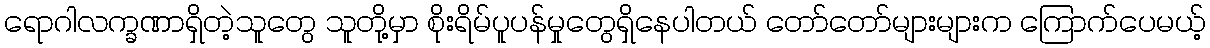
ရောဂါလက္ခဏာရှိတဲ့သူတွေ သူတို့မှာ စိုးရိမ်ပူပန်မှုတွေရှိနေပါတယ် တော်တော်များများက ကြောက်ပေမယ့်